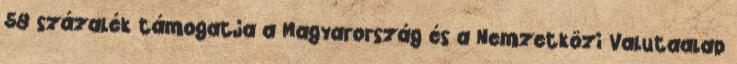
58 százalék támogatja a Magyarország és a Nemzetközi Valutaalap